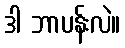
ဒါ ဘာပန်းလဲ။